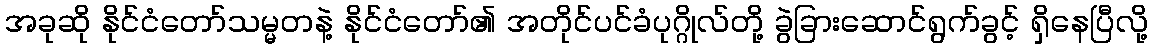
အခုဆို နိုင်ငံတော်သမ္မတနဲ့ နိုင်ငံတော်၏ အတိုင်ပင်ခံပုဂ္ဂိုလ်တို့ ခွဲခြားဆောင်ရွက်ခွင့် ရှိနေပြီလို့